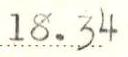
18.34